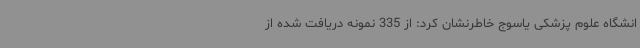
انشگاه علوم پزشکی یاسوج خاطرنشان کرد: از 335 نمونه دریافت شده از